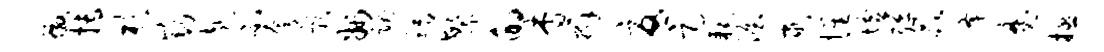
徼搏杉窈赴不夸影州魂稻繁的杳辫忧足耗渥逮惺墟弹冢降魔拯